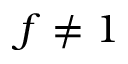
f \neq 1